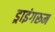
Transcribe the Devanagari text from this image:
ड्राइंगरूम